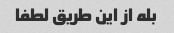
بله از این طریق لطفا